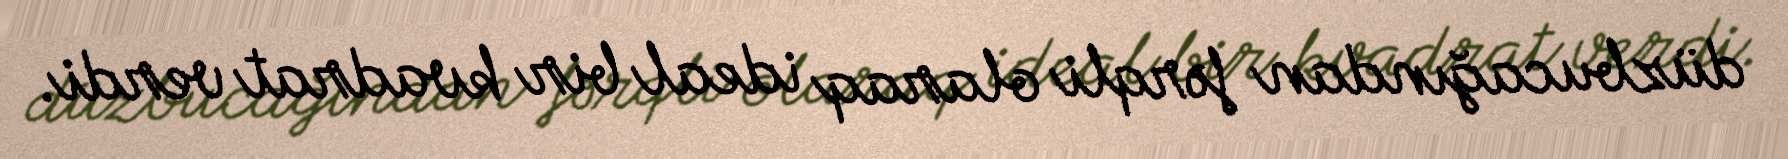
düzbucağından fərqli olaraq ideal bir kvadrat verdi.